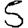
Digit: 5